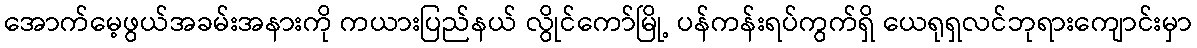
အောက်မေ့ဖွယ်အခမ်းအနားကို ကယားပြည်နယ် လွိုင်ကော်မြို့ ပန်ကန်းရပ်ကွက်ရှိ ယေရုရှလင်ဘုရားကျောင်းမှာ